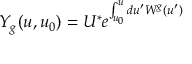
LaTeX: Y _ { g } ( u , u _ { 0 } ) = U ^ { * } e ^ { \int _ { u _ { 0 } } ^ { u } d u ^ { \prime } W ^ { g } ( u ^ { \prime } ) }